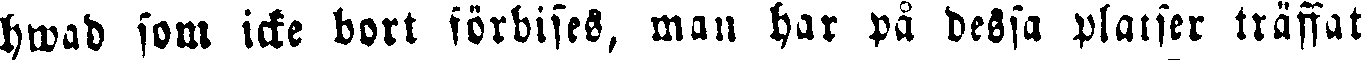
hwad som icke bort förbises, man har på dessa platser träffat